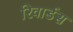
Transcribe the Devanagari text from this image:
रिवार्डस